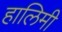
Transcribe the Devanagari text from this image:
हालिमी